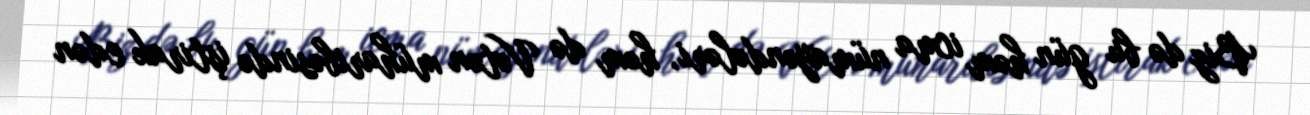
Biz də bu gün həm icma nümayəndələri, həm də Vətən müharibəsində iştirak edən